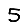
Digit: 5